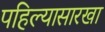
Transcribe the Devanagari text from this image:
पहिल्यासारखा